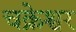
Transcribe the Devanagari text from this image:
चक्रेश्वर